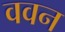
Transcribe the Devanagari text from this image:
ववन